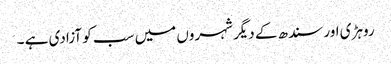
روہڑی اور سندھ کے دیگر شہروں میں سب کو آزادی ہے ۔